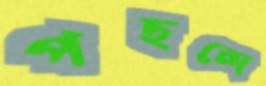
পছন্দে